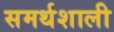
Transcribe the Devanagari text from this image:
समर्थशाली